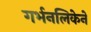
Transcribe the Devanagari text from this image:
गर्भनलिकेने